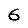
Digit: 6